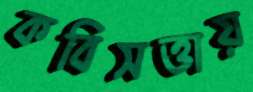
কবিসত্তায়